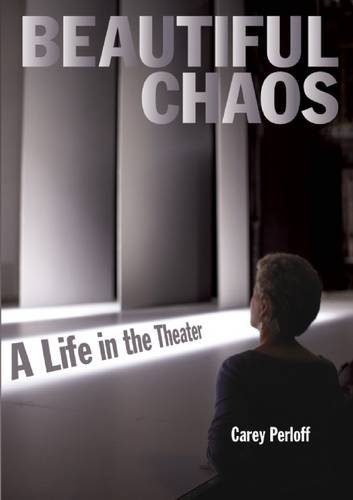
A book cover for Beautiful Chaos: A Life in the Theater; Carey Perloff; Biographies & Memoirs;